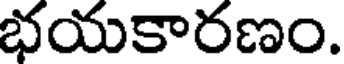
భయకారణం.